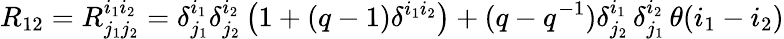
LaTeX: R_{12}=R_{j_{1}j_{2}}^{i_{1}i_{2}}=\delta_{j_{1}}^{i_{1}}\delta_{j_{2}}^{i_{2}}\left(1+(q-1)\delta^{i_{1}i_{2}}\right)+(q-q^{-1})\delta_{j_{2}}^{i_{1}}\, \delta_{j_{1}}^{i_{2}}\, \theta(i_{1}-i_{2})